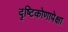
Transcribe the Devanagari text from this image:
दृष्टिकोणापेक्षा